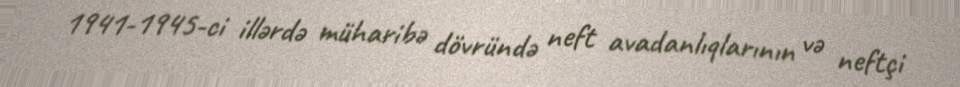
1941-1945-ci illərdə müharibə dövründə neft avadanlıqlarının və neftçi